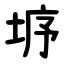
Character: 垿